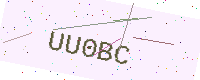
Text: UU0BC